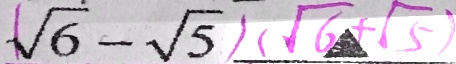
( \sqrt { 6 } - \sqrt { 5 } ) ( \sqrt { 6 } + \sqrt { 5 } )